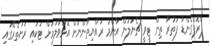
ޕްރޮޕެގެންޑާ ފަތުރާ ތިން ޓީވީ ޗެނަލުން އާންމު ރައްޔިތުންނަށް އޮޅުވާލުމަށް ޓަކައި ރަށުތެރޭގައި